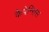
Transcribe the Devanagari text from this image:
कैपेन्सिस